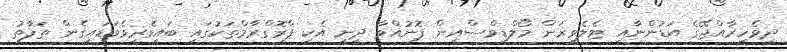
ދިވެހިރާއްޖޭގެ އަޑުންނާއި ޓެލެވިޜަން މޯލްޑިވްސްއިން ފޮނުއްވާ ދީނީ އެކި ޕްރޮގްރާމްތަކުގައި ބައިވެރިވެވަޑައިގެން ތަފާތު